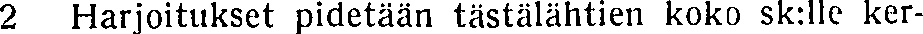
2 Harjoitukset pidetään tästälähtien koko sk:lle ker-